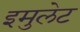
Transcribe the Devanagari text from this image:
इमुलेट